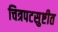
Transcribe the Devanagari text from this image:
चित्रपटसुष्टीत